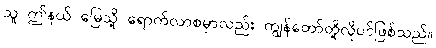
သူ ဤနယ် မြေသို့ ရောက်လာစမှာလည်း ကျွန်တော်တို့လိုပင်ဖြစ်သည်။